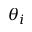
\theta _ { i }